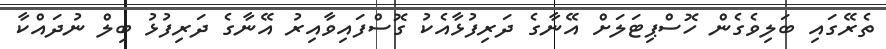
ތެރޭގައި ބަލިވެގެން ހޮސްޕިޓަލަށް އޭނާގެ ދަރިފުޅާއެކު ގޮސްފައިވާއިރު އޭނާގެ ދަރިފުޅު ބިލް ނުދައްކާ